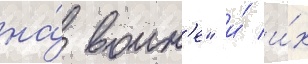
на́ воин'е" и́ и́х